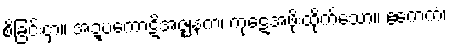
စိခြင်းငှာ။ အဍ္ဎကောဋိအဇ္ဈနကံ၊ ကုဋေအဖိုးထိုက်သော။ ဧကေကံ၊